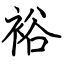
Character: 裕